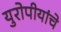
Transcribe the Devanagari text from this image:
युरोपीयांचे